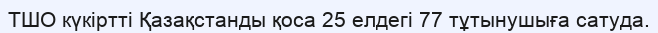
ТШО күкіртті Қазақстанды қоса 25 елдегі 77 тұтынушыға сатуда.